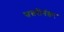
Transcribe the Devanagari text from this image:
सत्तरीनंतर